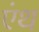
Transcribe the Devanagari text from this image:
एंथ